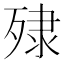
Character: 殔